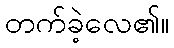
တက်ခဲ့လေ၏။